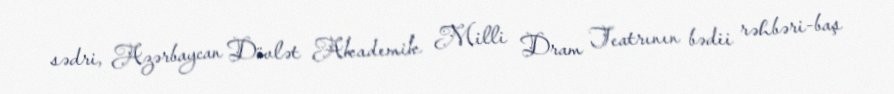
sədri, Azərbaycan Dövlət Akademik Milli Dram Teatrının bədii rəhbəri-baş